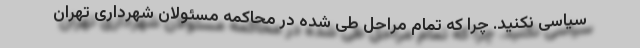
سیاسی نکنید. چرا که تمام مراحل طی شده در محاکمه مسئولان شهرداری تهران